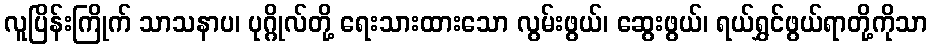
လူပြိန်းကြိုက် သာသနာပ၊ ပုဂ္ဂိုလ်တို့ ရေးသားထားသော လွမ်းဖွယ်၊ ဆွေးဖွယ်၊ ရယ်ရွှင်ဖွယ်ရာတို့ကိုသာ